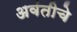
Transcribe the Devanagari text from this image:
अवंतीचे